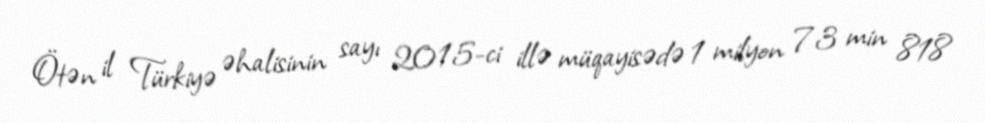
Ötən il Türkiyə əhalisinin sayı 2015-ci illə müqayisədə 1 milyon 73 min 818